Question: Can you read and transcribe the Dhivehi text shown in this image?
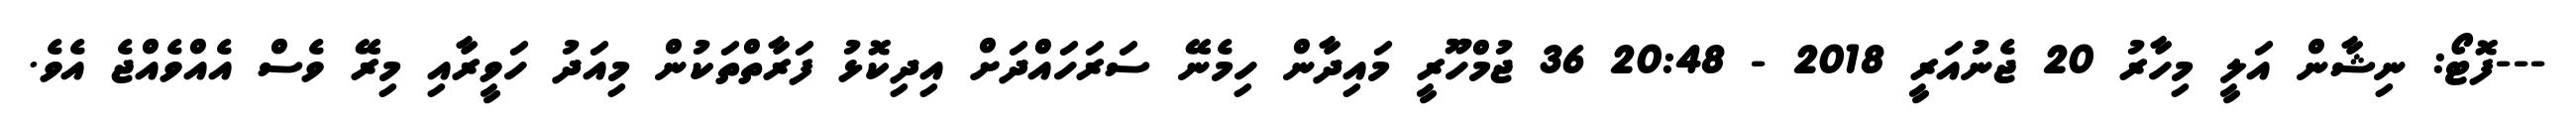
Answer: ---ފޮޓޯ: ނިޝާން އަލީ މިހާރު 20 ޖެނުއަރީ 2018 - 20:48 36 ޖުމްހޫރީ މައިދާން ހިމެނޭ ސަރަހައްދަށް އިދިކޮޅު ފަރާތްތަކުން މިއަދު ހަވީރާއި މިރޭ ވެސް އެއްވެއްޖެ އެވެ.